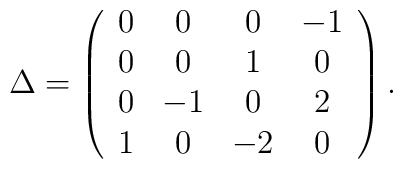
\Delta= \left( \begin{array}{cccc} 0&0&0&-1 \\0&0&1&0 \\0&-1&0&2 \\ 1&0&-2&0 \end{array}\right).